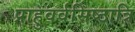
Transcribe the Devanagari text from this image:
प्राहुवर्वसिष्ठात्रि